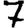
Digit: 7